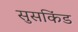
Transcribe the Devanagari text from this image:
सुसकिंड